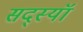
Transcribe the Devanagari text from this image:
सद्स्यॉ